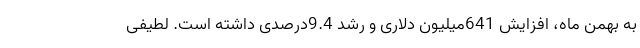
به بهمن ماه، افزایش 641میلیون دلاری و رشد 9.4درصدی داشته است. لطیفی